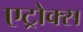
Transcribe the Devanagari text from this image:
एट्रोक्स